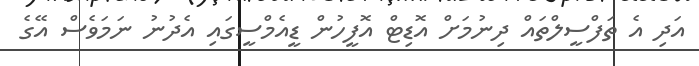
އަދި އެ ތަފްސީލްތައް ދިނުމަށް އޮޑިޓް އޮފީހުން ޑީއެމްސީގައި އެދުނު ނަމަވެސް އޭގެ